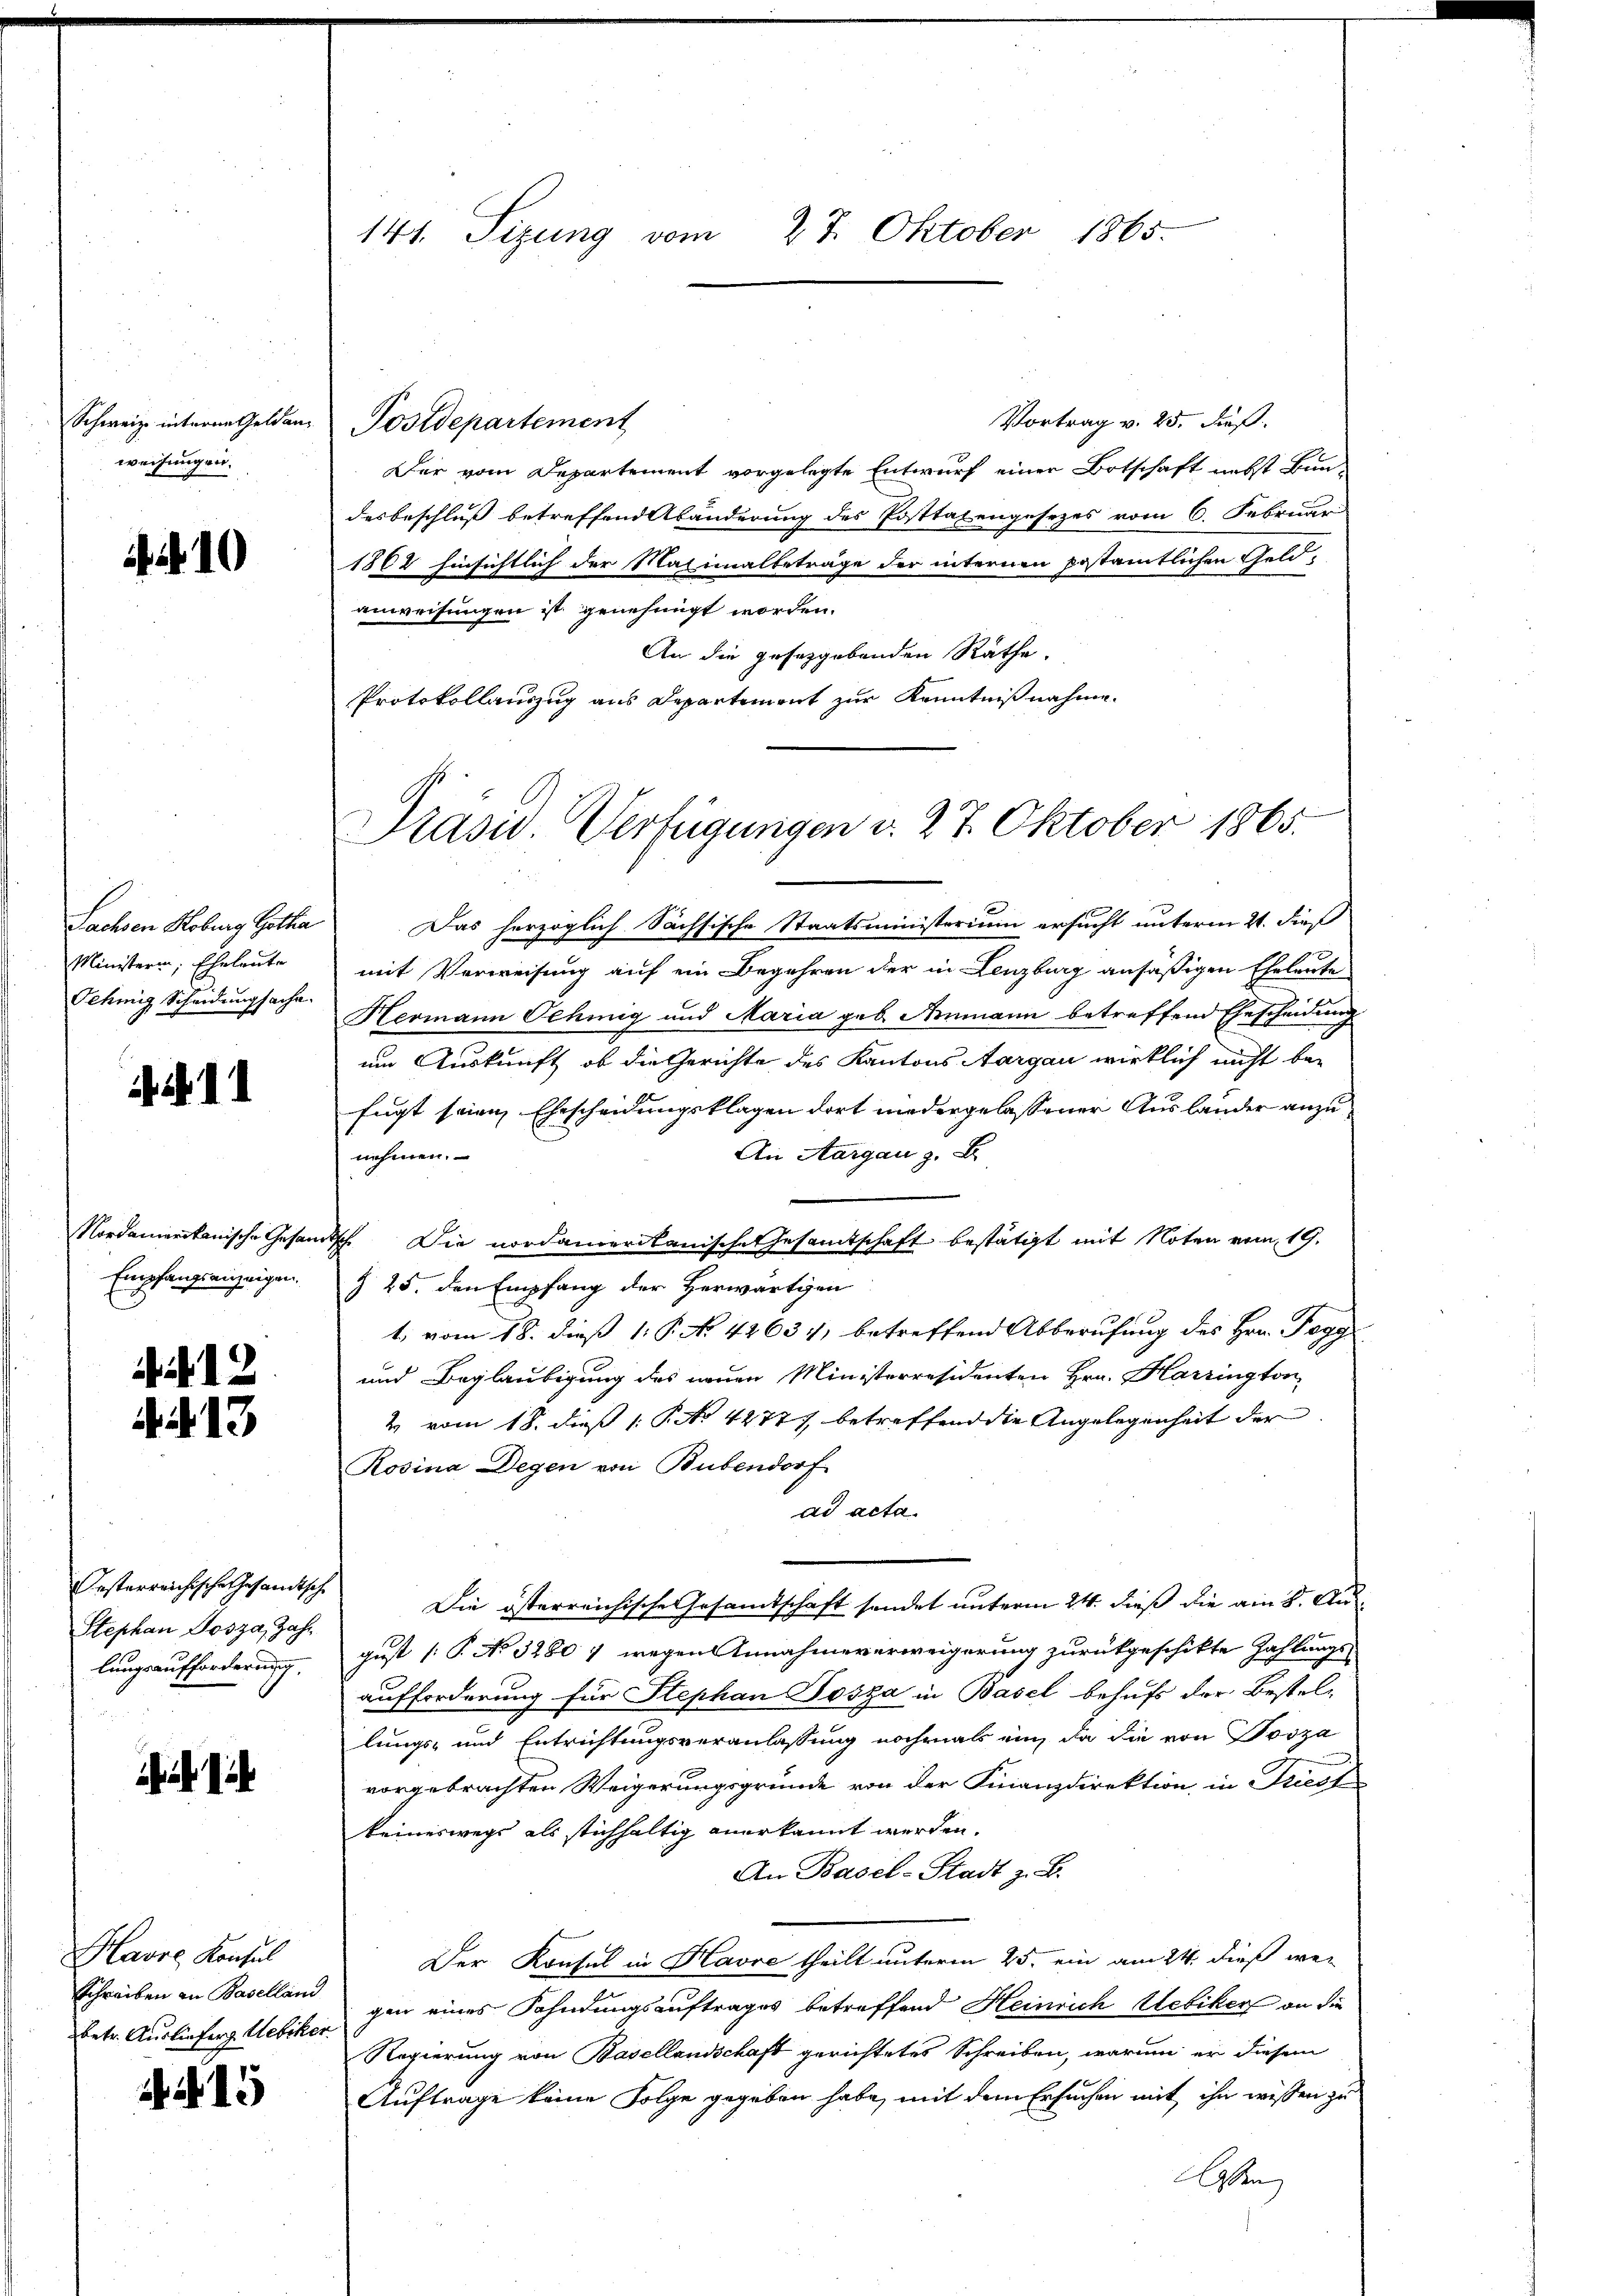
Schweiz. interne Geldan
weisungen.

10

Sachsen Hoburg Gothia
Ministerin, Eheleute
Tehiig Scheidungsache.

11

Nordamerikanische Gesam
Empfangsanzeigen.

i 13.

Oesterreichische Gesandtsche
Stephan Josza, Jahr
lungsaufforderung.

Havre Konsul
Schreiben an Baselland
betr. Auslieferg. Uebiker

i 15

141. Sizung vom 27. Oktober 1865.

Präsid Verfügungen d. 27. Oktober 1865.

Vortrag v. 25. Fuß.
Postdepartement
Der vom Departement vorgelegte Entwurf einer Botschaft nebst Bun-
desbeschluß betreffend Abänderung des Posttatengesezes vom 6. Februar
1868 hinsichtlich der Natimalbeträge der internen Pestamtlichen Geld-
anweisungen ist genehmigt worden.
An die gesetzgebenden Räthe.
Protokollauszug aus Departement zur Kenntnißnahme.
Das herzoglich Sächsische Staatsministerium ersucht unterm 21. dieß
mit Verweisung auf ein Begehren der in Lenzburg ansäßigen Eheleute
Hermann Sching und Maria geb. Ammann betreffend Ehescheidung
um Auskunft, ob die Gerichte des Kantons Aargau wirklich nicht befugt seien Ehescheidungsklagen dort niedergelassener Auslander anzu¬
An Aargau z. B.
nehmen.
disch. Die nordamerikanische Gesamtschaft bestätigt mit Noten vom 19.
§ 25. den Empfang der Herwärtigen
1, vom 18. dieß 1. P. No. 42631, betreffend Abberufung des Hrn. Pogg
und Beglaubigung des neuen Ministerresidenten Hrn. Harrington,
2 vom 18. dieß 1 No 44771 betreffend die Angelegenheit der
Rosina Degen von Bubendorf
ad acta.
Die österreichische Gesamtschaft sendet unterm 24. dieß die am 8. August [P No 3280 7 wegen Annahmeverweigerung zurückgeschikte Zahlungs-
aufforderung für Stephan Josza in Basel behufs der Bestellungs- und Entrichtungsveranlassung nochmals ein, da die von Tosza
vorgebrachten Weigerungsgründe von der Finanzdirektion in Friest
keineswegs als stichhaltig anerkannt werden.
An Basel-Stadt z. B.
Der Konsul in Havre theilt unterm 25. ein am 24. dieß wei
gen eines Fahndungsauftrages betreffend Heinrich Uebikers an die
Regierung von Basellandschaft gerichtetes Schreiben, warum er diesem
Auftrage keine Folge gegeben habe, mit dem Ersuchen mit ihn wissen zu
Aben